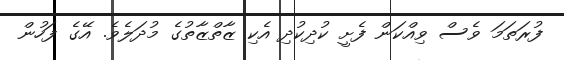
ފުރަތަމަ ވެސް ވިއްކަން ފެށީ ކުދިކުދި އެކި ޒާތްޒާތުގެ މުދަލެވެ. އޭގެ ފަހުން